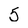
Character: 5